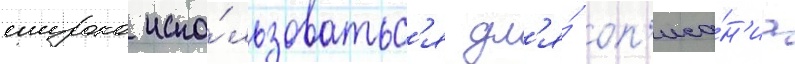
широко испо́льзоватьс'я дл'я́ оп'иса́н'иа